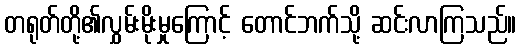
တရုတ်တို့၏လွှမ်းမိုးမှုကြောင့် တောင်ဘက်သို့ ဆင်းလာကြသည်။